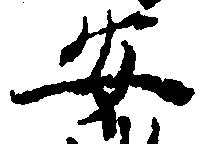
安